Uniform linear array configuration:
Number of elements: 8
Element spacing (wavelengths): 1
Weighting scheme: exponential
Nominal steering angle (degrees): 60
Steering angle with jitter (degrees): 58.932
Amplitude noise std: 0.05
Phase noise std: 0.05

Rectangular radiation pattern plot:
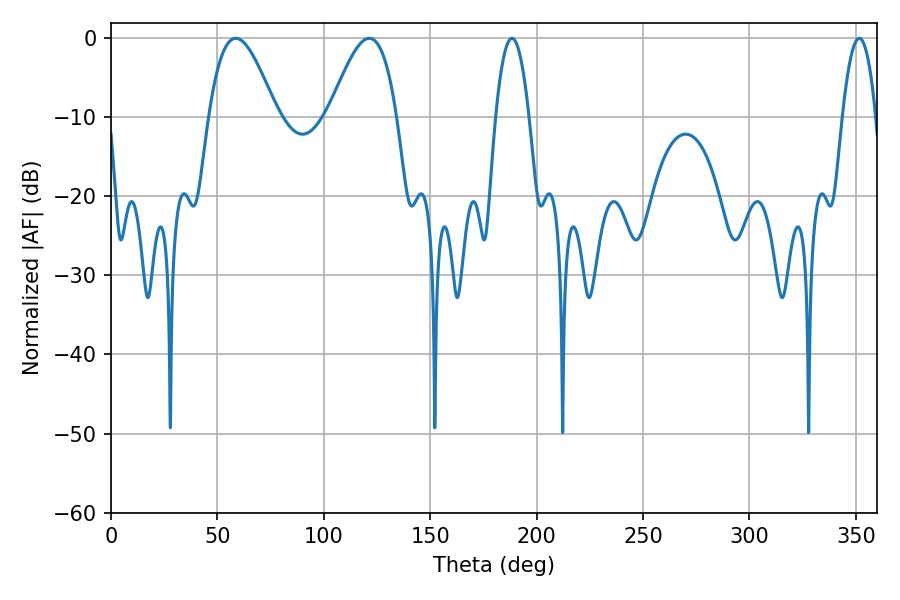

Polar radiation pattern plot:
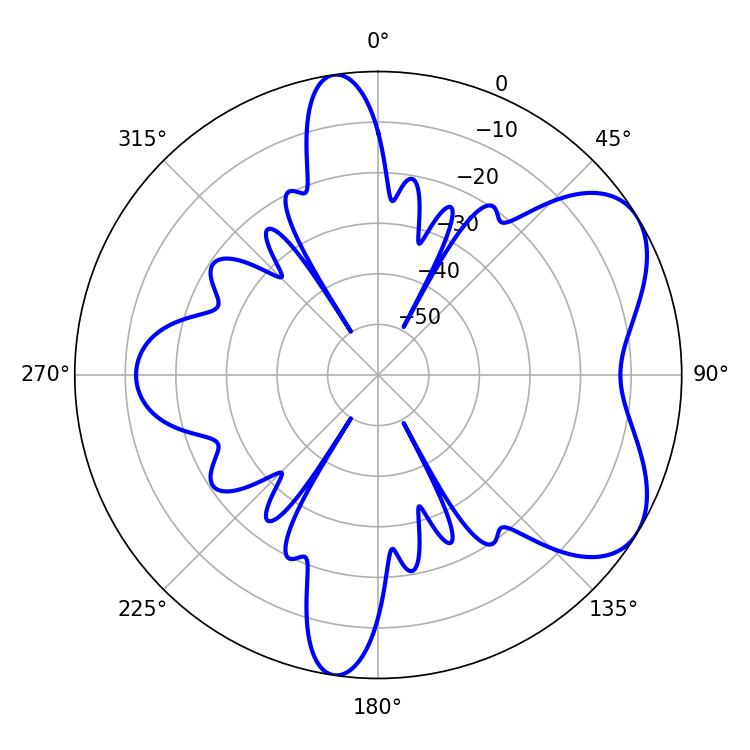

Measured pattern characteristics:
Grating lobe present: TRUE
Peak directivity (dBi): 5.894
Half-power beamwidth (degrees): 17.1
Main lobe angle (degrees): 58.68